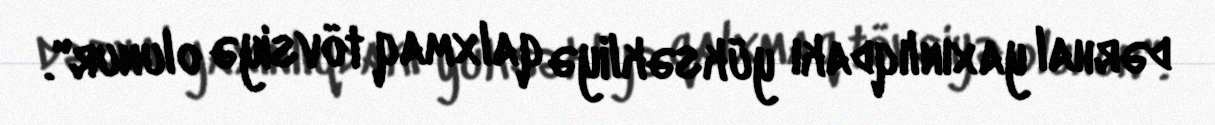
dərhal yaxınlıqdakı yüksəkliyə qalxmaq tövsiyə olunur".